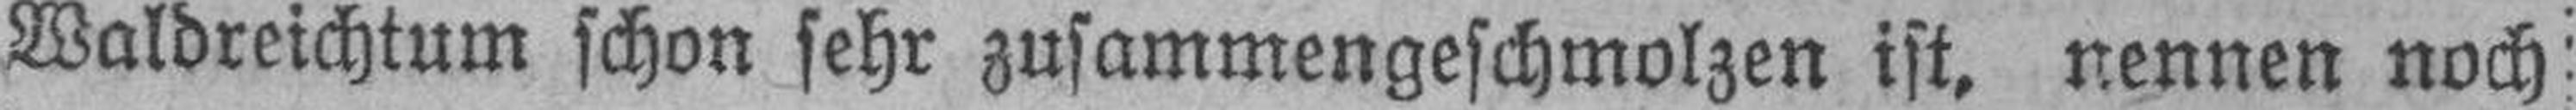
Waldreichtum schon sehr zusammengeschmolzen ist, nennen noch